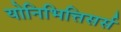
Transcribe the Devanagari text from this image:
योनिभित्तिसर्स